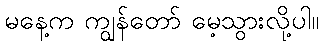
မနေ့က ကျွန်တော် မေ့သွားလို့ပါ။